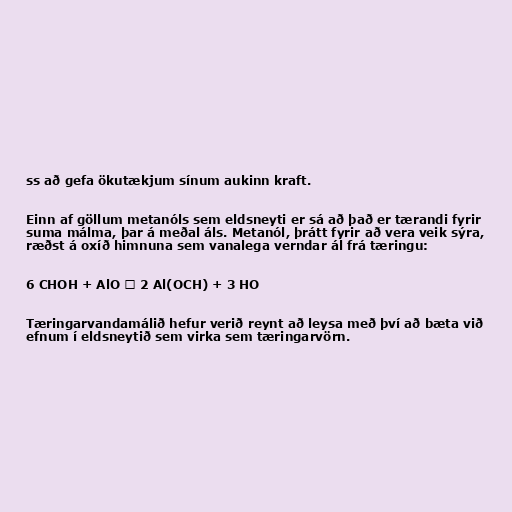
ss að gefa ökutækjum sínum aukinn kraft.

Einn af göllum metanóls sem eldsneyti er sá að það er tærandi fyrir
suma málma, þar á meðal áls. Metanól, þrátt fyrir að vera veik sýra,
ræðst á oxíð himnuna sem vanalega verndar ál frá tæringu:

6 CHOH + AlO → 2 Al(OCH) + 3 HO

Tæringarvandamálið hefur verið reynt að leysa með því að bæta við
efnum í eldsneytið sem virka sem tæringarvörn.